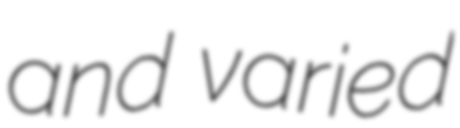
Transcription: and varied